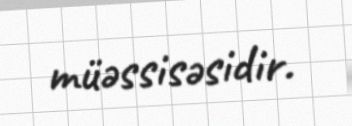
müəssisəsidir.